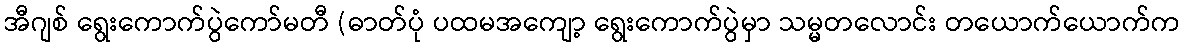
အီဂျစ် ရွေးကောက်ပွဲကော်မတီ (ဓာတ်ပုံ ပထမအကျော့ ရွေးကောက်ပွဲမှာ သမ္မတလောင်း တယောက်ယောက်က